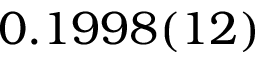
0 . 1 9 9 8 ( 1 2 )